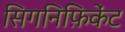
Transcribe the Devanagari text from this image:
सिगनिफ़िकेंट